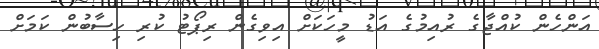
އަންހެން ކުއްޖާގެ ރުއިމުގެ އަޑު މީހަކަށް އިވިގެން ރިޕޯޓު ކުރި ހިސާބުން ކަމަށް